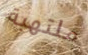
ملتهبة